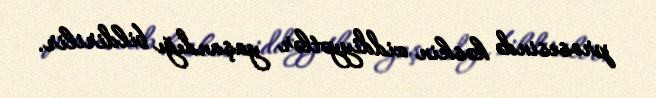
prosesində kəskin ziddiyyətlər yaşandığı bildirilir.